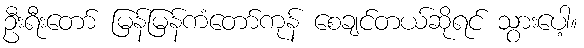
ဦးရီးတော် မြန်မြန်ကံတော်ကုန် စေချင်တယ်ဆိုရင် သွားပေါ့။